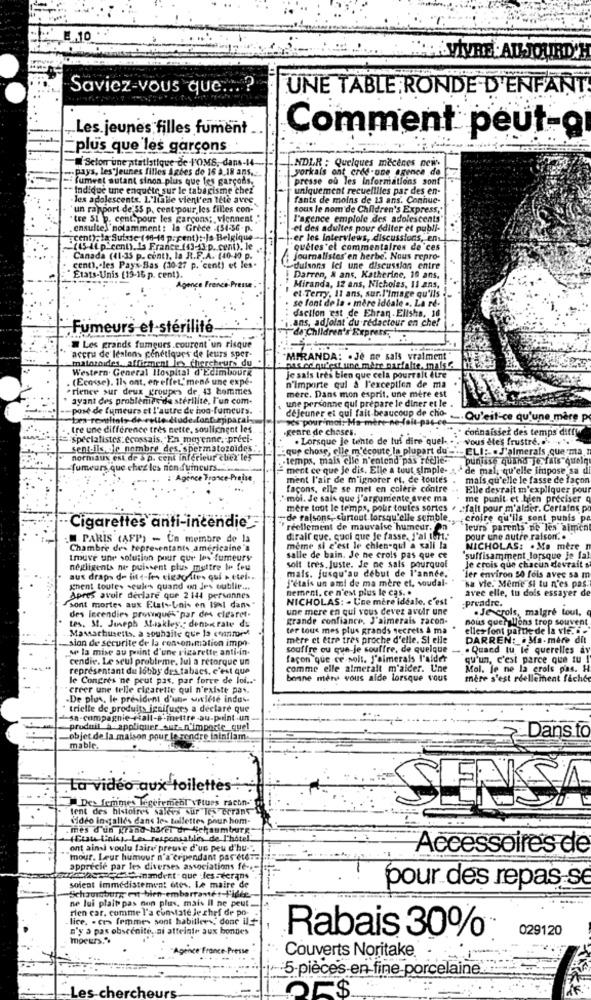
2.10
-VIVRE ADJOURD'H
Saviez-vous que ... ?
UNE TABLE RONDE D'ENFANT
Les jeunes filles fument
Comment peut-g
plus que les garcons
Selon une statistique de L'OMS, dans-14-
NDLR : Quelques macenes new.
„pays, les jeunes filles Agdes de 16 a 18 ans ....
yorkais ont cred-une agence de
- fumeat autant sinon plus que les garçons,
presse où les Informations sont
- Indique une enquete sur le tabagisme chez
uniquement recueillies par des en-
- les adolescents. L'lialle vient'en Iete avec.
fants de moins de 13 ans. Connue-
un rapport de'SS p. cent pour, les filles con-
sous le nom'de Children's Express,
'tre 51 p. cent. pour les garçons; viennent"
l'agence emplole des adolescents
ensuite\'notamment: la Grèce -(54-36 -p.
et des adultes pour éditer et publi-
"cent), la Suisse ( 16-14 p. pent): Ja Belgique
-er les interviews, discussions, en
"(15 iLp cent), Is France (43-13.p. cent). le ..
quêtes "el commentaires de 'ces
Canada (41-35 p. cont), la R.F.A. (40-40 p.
Journalistes' en herbe. Nous repro-
cent). les Pays-Bas (30-27 p. cent) et les.
dulsons fel une discussion entre
Elats-Unis [19-16 p. cent).
Darren, & ans, Katherine, 19 ans.
Agence France Presse.
Miranda, 12 ans, Nicholas, 11 Ans,
se font de la . mère idéale .. La re-
el Terry, Il ans, sur.l'image qu'ils -
daction est de Ehran. Elisha. 18
ans, adjolat du redactour en chef
Fumeurs et-stérilité-
de Children's Express,
Les grands fumeurs.courent un risque
accru de lesions génétiques de leurs sper-
malasaides, affirment les chercheurs du
MIRANDA: . Je ne sais vraiment "
Western. General Hospital d'Edimbourg
pas od qu'est une mère parfaite. maisC.
. (Ecosse). Ils ont. en effet,'men& une expé-
Je sais très bien que cela pourrait être
"rience sur deux groupes de 43 hommes
n'importe qui à l'exception de ma
ayant des problèmes de stérilite, l'un com-
une personne qui prepare le diner et le
mère. Dans mon esprit, une mère est
-pose de fumeurs et l'autre de non-fumeurs.
déjeuner et qui fait beaucoup de cho-
"Les remitols de Fylle dladedont apiparal
"es pour moi: Ma mere-n
.Qu'est-ce qu'une mare p
.. tre une différence très nette, soulignent les
.genre de choses.
connaissez des temps ditty
" spécialistes:ecossais, En mayenne ,- preci-
. Lorsque je tento de luf dire quel- . . vous êtes frustré. ... .. ".
sent.ils de nombre des, spermatozoïdes.
que chose; elle m'écoute la plupart du' -.- ELI :-. J'aimerais que mtan
normaux est de à p. cent inférieur chez les
.temps, mais clic n'entend pas reelle-
punisse quand je fais quelq
fumeurs que chez les non fuincurs ..
ment ce que je dis. Elle a tout simple- & - de mal, qu'elle impose sa di
: Agence France-Presse
ment l'air de m'ignorer et, de toutes
mais qu'elle le fasse de façon
façons, elle se met en colère contre -. Elle devrait m'expliquer pour
"moi. Je sais que j'argumente avec ma . me punit et bien preciser q
mere tout le temps, pour toutes sortes . . falt pour m'aider. Certains po
-de ralsons, surtout lorsqu'elle semble ., croire qu'ils sont pubis pa
· Cigarettes anti-incendie'
" réellement de mauvaise humeur. On
leurs parents de les alment
.. PARIS (AFP) - Un membre de la
diralf que, quoi que Je fasse, J'ai tert."
pour une autre raison ..
Chambre de- representant américaine "a
même si c'est le chien-qui a sali la
NICHOLAS: . Ma mère n
trouve une solution pour que les fumeurs
salle de bain. Je ne crois pas que ce
suffisamment lorsque je fal
negligents ne puissent plus mettre le feu
mais. jusqu'au début de l'année.
soit tres. Juste. Je ne sais pourquel
Je crois que chacun devrait s
aux draps de inte-les cigaceites qui . cwei ..
J'étais un ami de ma mère et, soudal-
der environ 50 fois avec sa m
"sa Vie." Meme SI tu n'es pas.
ghent toutes seules quand on Jex oublie ...
nement, ce n'est plus le cas. .
avec elle, tu dois essayer de
Apres avoir declare que 2 144 personnes
NICHOLAS: - Une mère ideale. c'est
:Prvadre.
Ssont mortes aux Etats-unis en Isol dans"
une mere en qui vous devez avoir une
. Je crois, malgré tout,
des Incendies provques par des clearet.
grande confiance, J'aimerais zacon-
nous querallons trop souvent
tes. St. Joseph Maakley. denbe rate du
Massachusetts, a souhaite que la conmid
ter tous mes plus grands secrets A ma
elles font partie de la vie. i .
-sion de securite de la con onimation impo-
mere et être tres proche d'elle. Si elle
DARREN: . Ma-mère dit
se la mise au point d'une sigarette anti-in.
souffre ou que je souffre, de quelque
- . Quand tu le querelles av
cendie. Le seul probleme, lui a rétorque un
façon que ce soit. J'aimerais l'aider
qu'un, c'est parce que tu !
representant du lobby des tabacs. c'est que
comme elle almetalt m'aider. Une
Mol. Je ne la crois pas. H
le Congres ne peut pas, par force de loi ...
bonne ment vous aide lorsque vous
mère s'est réellement faché
creer une telle cigarette qui n'existe pas.
-De plus, le president d'une uwilte indus-
trielle de produits ignifuges a declare que
produit à appliquer aur-n'importe quel
Dans to
-objet de la maison pour le rendre lainflam.
mable.
La video aux toilettes
Des femmes Legetement vêtues racon."
ENSA
lent des histoires salees sur les cerans
Video incalles dans le- tallettes pour hom-
mes d'un grand haret dr Schaumburg
( Ciste link), Les responsabilies de l'ho
ont ainsi voulu faire preuve d'un peu d'hu-".
Accessoires de
mour. Leur humour n'a cependant par étéTa
apprécié par les diverses associations fé --
zobaczęciadent. que les-écrans
soient immédiatement otes. Le maire de
pour des repas se
ne lui plait pas non plus, mais Il ne peut.
Schaumburg ent hien-embarranet-l'idée,
rien car. comme l'a constate le chef de po-
lice. . ces femmes sont habiller , donc il
n'y a pas obscenite. ai atteinte aux bondes
029120
moeurs.".
Rabais 30%
Couverts Noritake.
5 pièces en fine porcelaine.
Les chercheurs